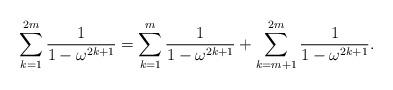
LaTeX: \begin{align*}\sum_{k=1}^{2m} \frac{1}{1 - \omega^{2k+1}} = \sum_{k=1}^{m} \frac{1}{1 - \omega^{2k+1}} + \sum_{k=m+1}^{2m} \frac{1}{1 - \omega^{2k+1}}.\end{align*}